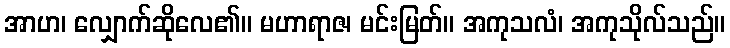
အာဟ၊ လျှောက်ဆိုလေ၏။ မဟာရာဇ၊ မင်းမြတ်။ အကုသလံ၊ အကုသိုလ်သည်။